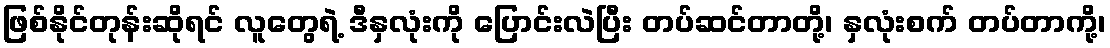
ဖြစ်နိုင်တုန်းဆိုရင် လူတွေရဲ့ ဒီနှလုံးကို ပြောင်းလဲပြီး တပ်ဆင်တာတို့၊ နှလုံးစက် တပ်တာကို့၊